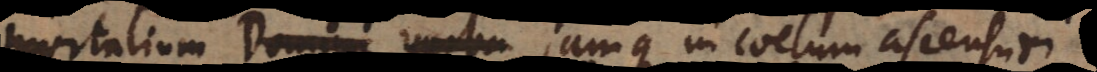
mortalium jamque in coelum ascensuri